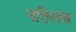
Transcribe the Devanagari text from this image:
नतिलंब